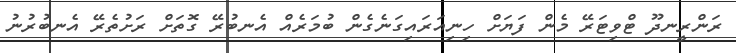
ރަންރީނދޫ ޓްވިޓަރޭ މެން ފަޔަށް ހިނިއަރައިގަނެގެން ބުމަރެއް އެނބުރޭ ގޮތަށް ރަށުތެރޭ އެނބުރުނު